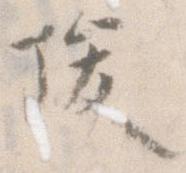
俊